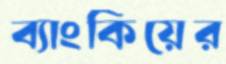
ব্যাংকিয়ের